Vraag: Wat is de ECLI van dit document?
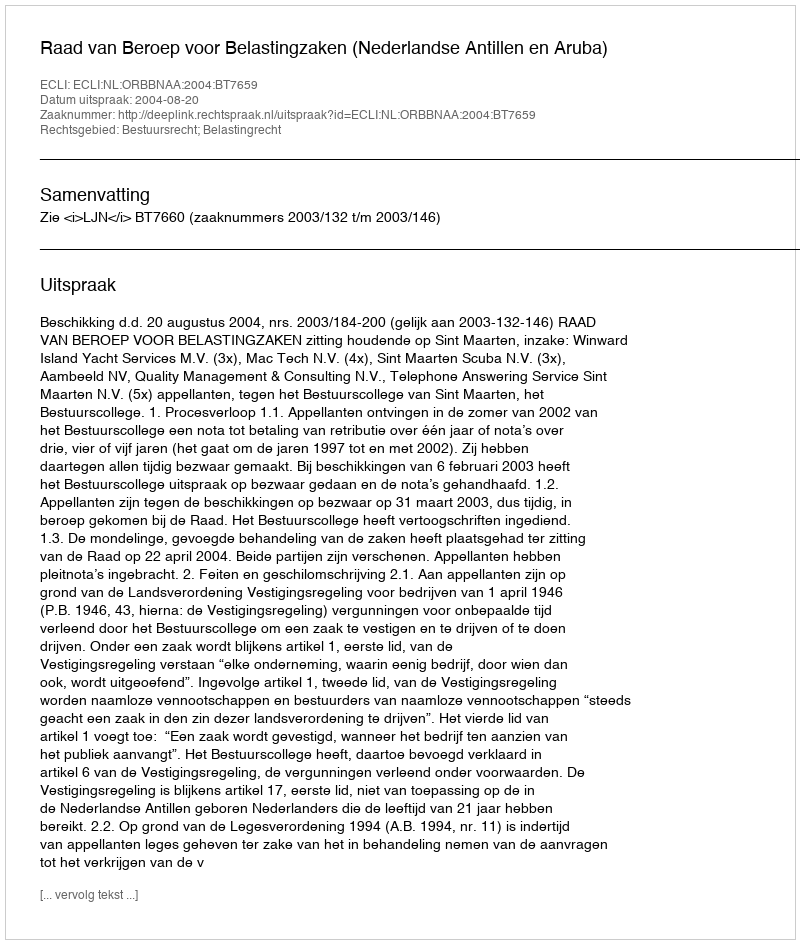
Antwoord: ECLI:NL:ORBBNAA:2004:BT7659